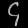
Digit: ၄